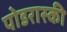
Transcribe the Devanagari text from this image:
पोडरास्की